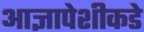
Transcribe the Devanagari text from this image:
आज्ञापेशीकडे